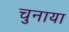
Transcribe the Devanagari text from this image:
चुनाया